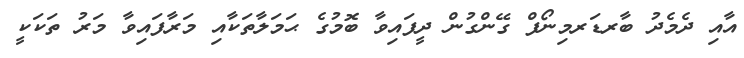
އާއި ދެމެދު ބާރޑަރމިނޯފް ގޭންގުން ދީފައިވާ ބޮމުގެ ޙަމަލާތަކާއި މަރާފައިވާ މަރު ތަކަކީ